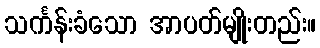
သင်္ကန်းခံသော အာပတ်မျိုးတည်း။